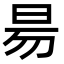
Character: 昜